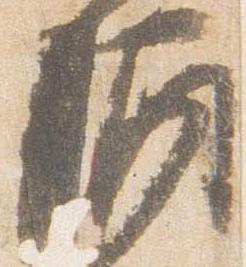
酒